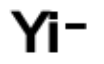
Yi-